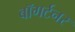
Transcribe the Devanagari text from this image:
बॉगर्टनर